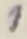
Text: 1